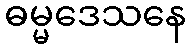
ဓမ္မဒေသနေ